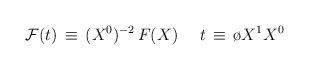
LaTeX: \begin{align*}{\cal F}(t) \, \equiv \, (X^0)^{-2} \, F(X) \, \quad \, t \, \equiv\, {\o{X^1}{X^0}}\end{align*}